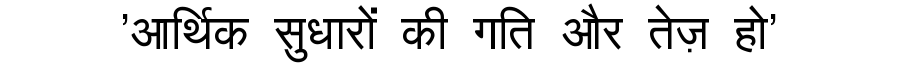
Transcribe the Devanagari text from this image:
'आर्थिक सुधारों की गति और तेज़ हो'